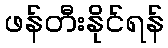
ဖန်တီးနိုင်ရန်